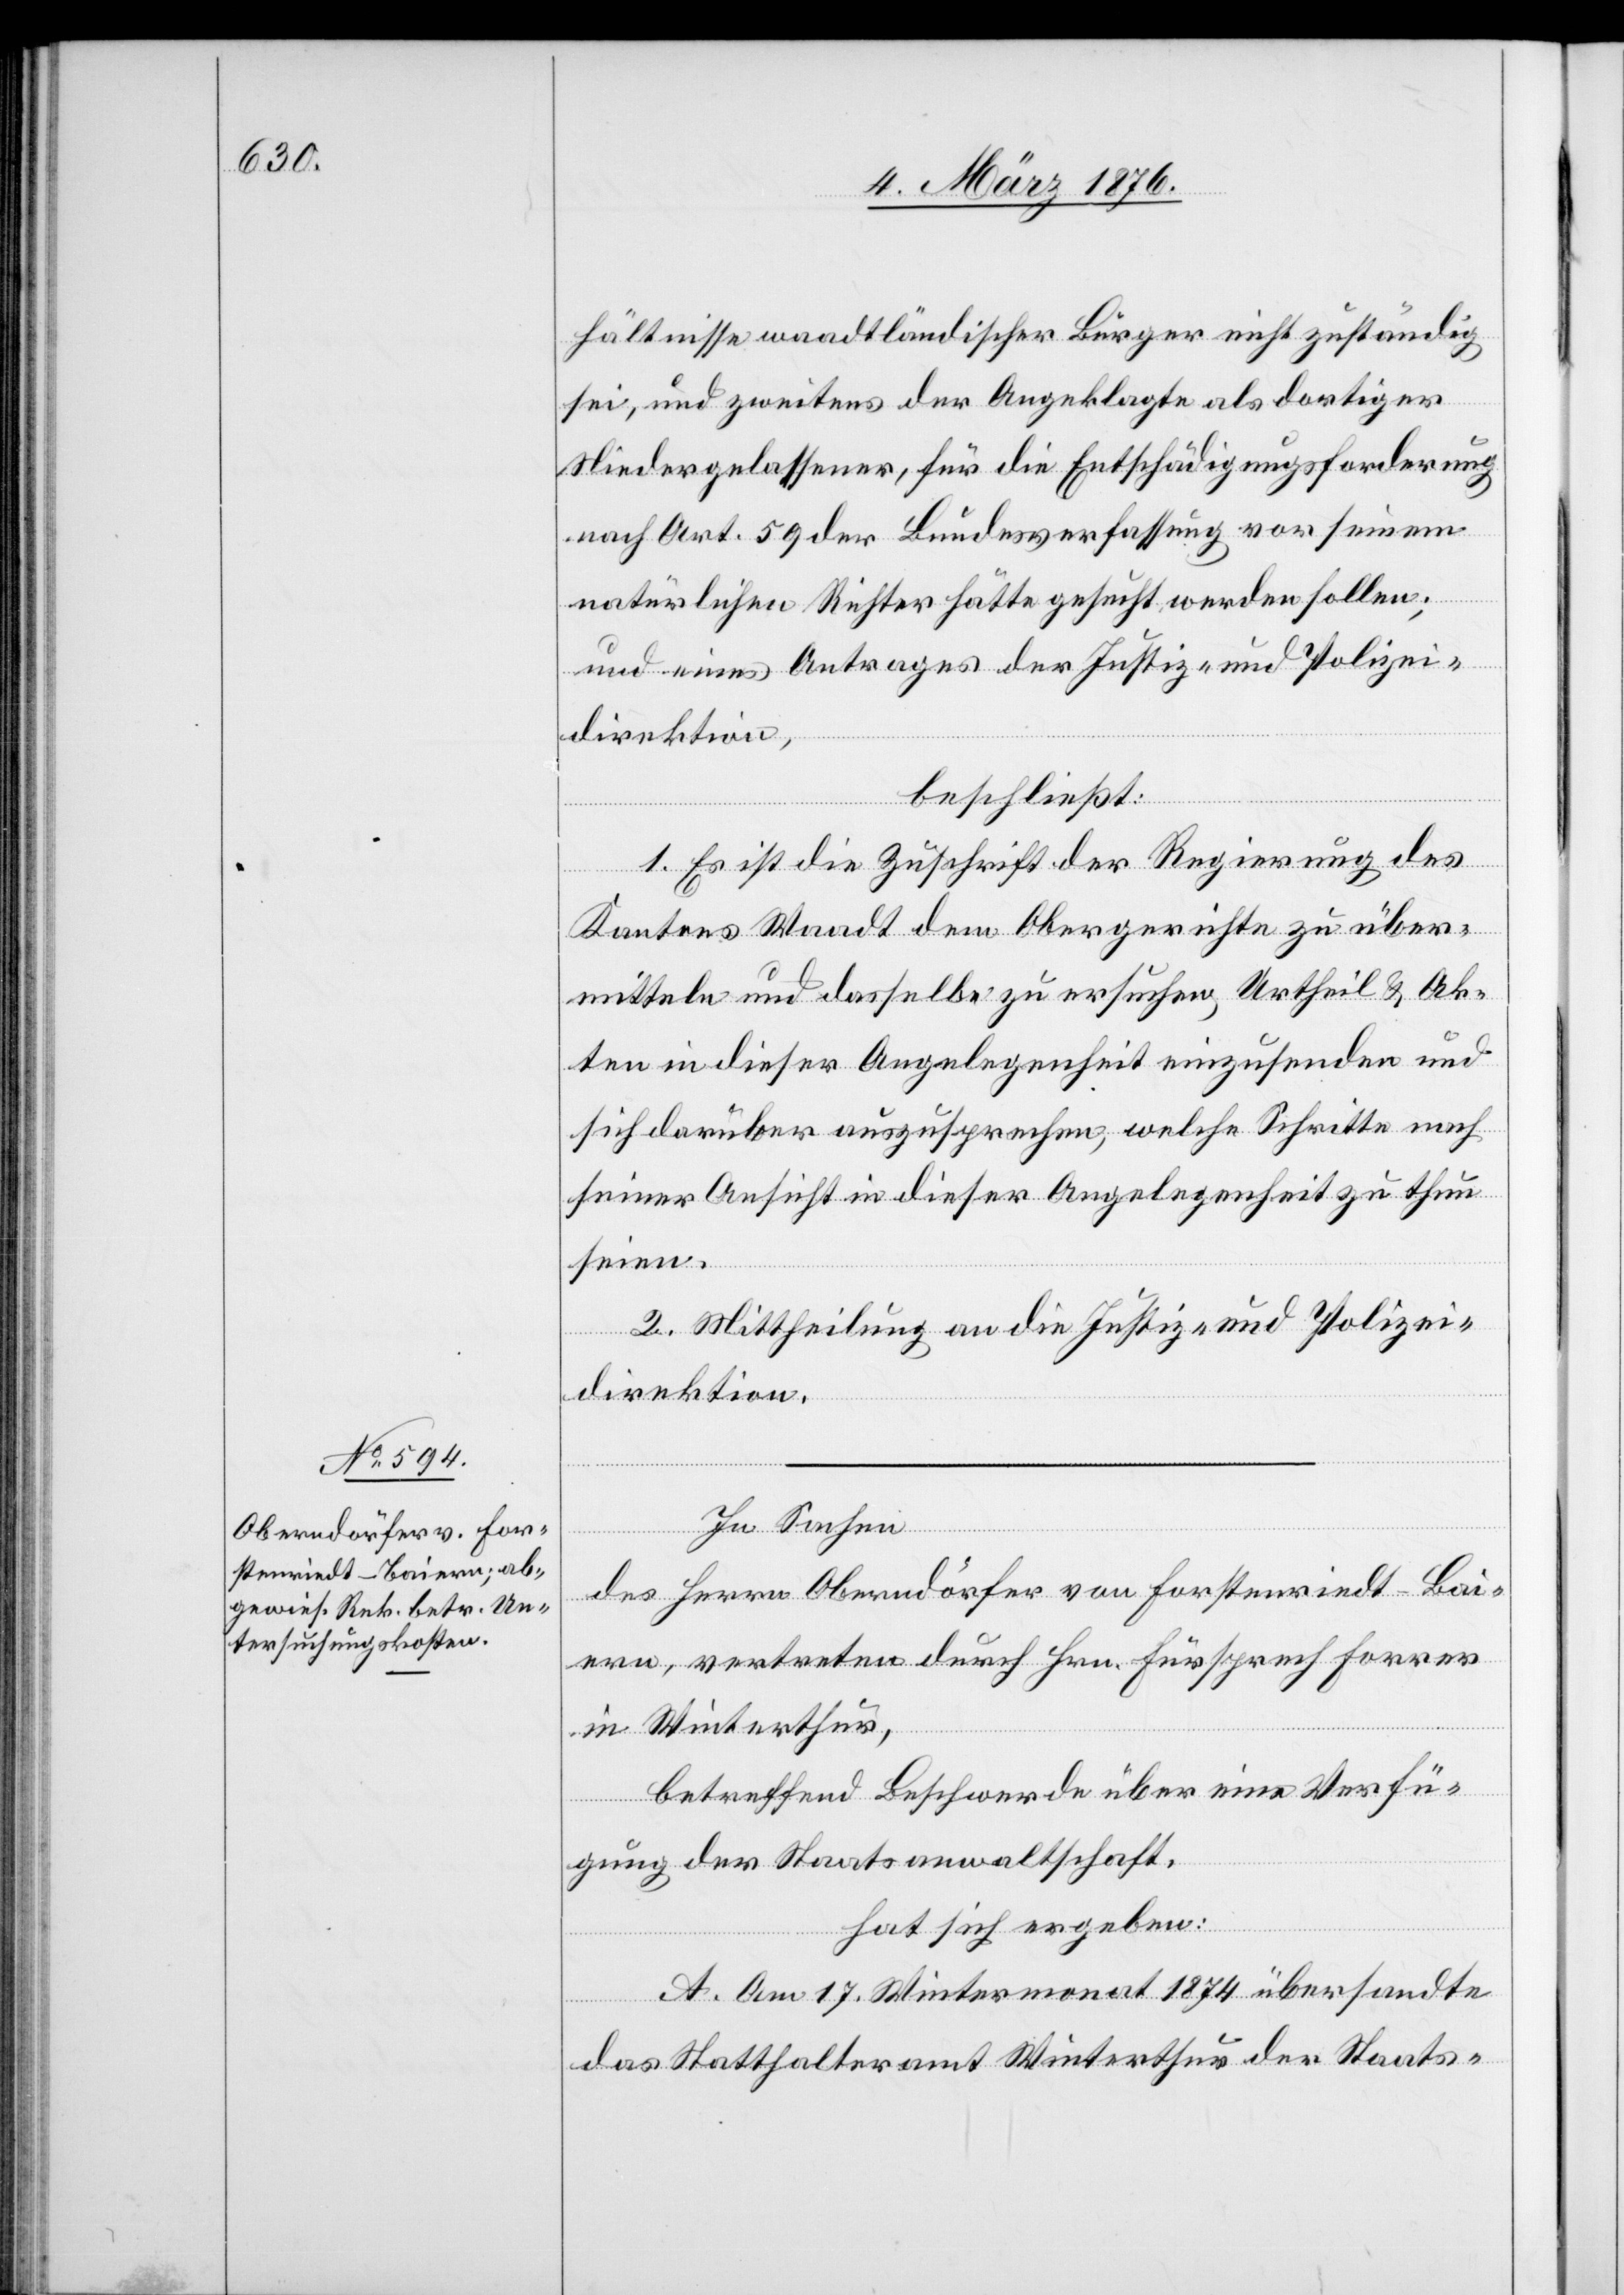
hältnisse waadtländischer Bürger nicht zuständig
sei, und zweitens der Angeklagte als dortiger
Niedergelassener, für die Entschädigungsforderung
nach Art. 59 der Bundesverfassung vor seinem
natürlichen Richter hätte gesucht werden sollen;
und eines Antrages der Justiz- und Polizei¬
direktion,
beschließt:
1. Es ist die Zuschrift der Regierung des
Kantons Waadt dem Obergerichte zu über¬
mitteln und dasselbe zu ersuchen, Urtheil & Ak¬
ten in dieser Angelegenheit einzusenden und
sich darüber auszusprechen, welche Schritte nach
seiner Ansicht in dieser Angelegenheit zu thun
seien.
2. Mittheilung an die Justiz- und Polizei¬
direktion.
In Sachen
des Herrn Oberndörfer von Forstenriedt-Bai¬
ern, vertreten durch Hrn. Fürsprech Forrer
in Winterthur,
betreffend Beschwerde über eine Verfü¬
gung der Staatsanwaltschaft,
hat sich ergeben:
A. Am 17. Wintermonat 1874 übersandte
das Statthalteramt Winterthur der Staats-